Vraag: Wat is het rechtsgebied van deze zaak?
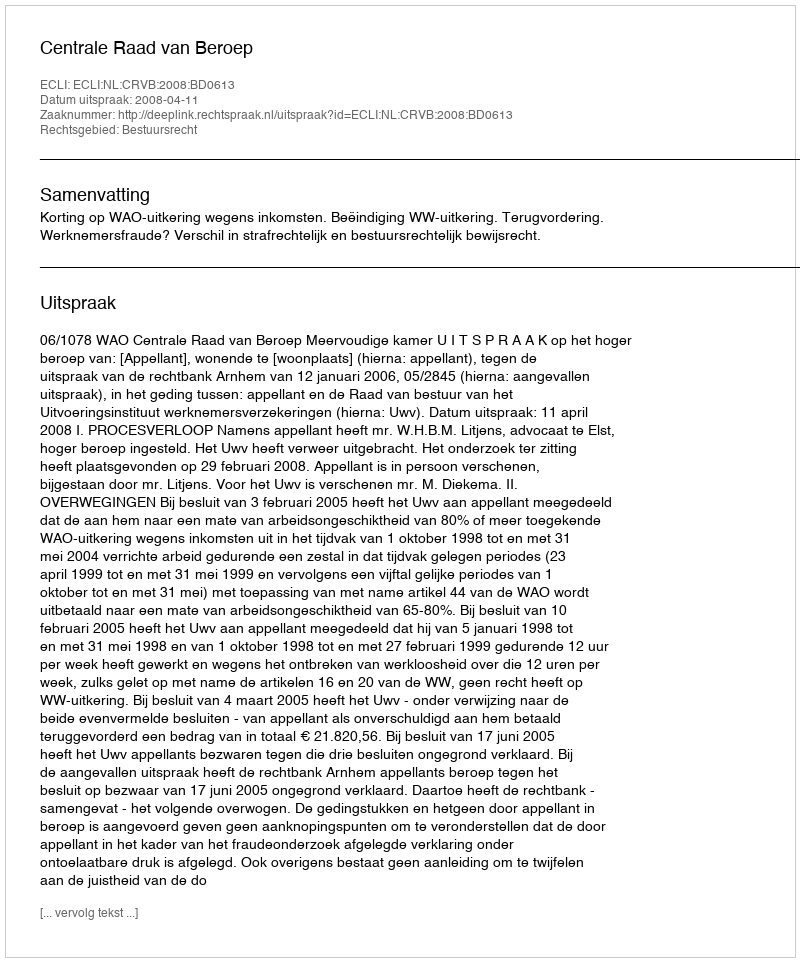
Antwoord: Bestuursrecht